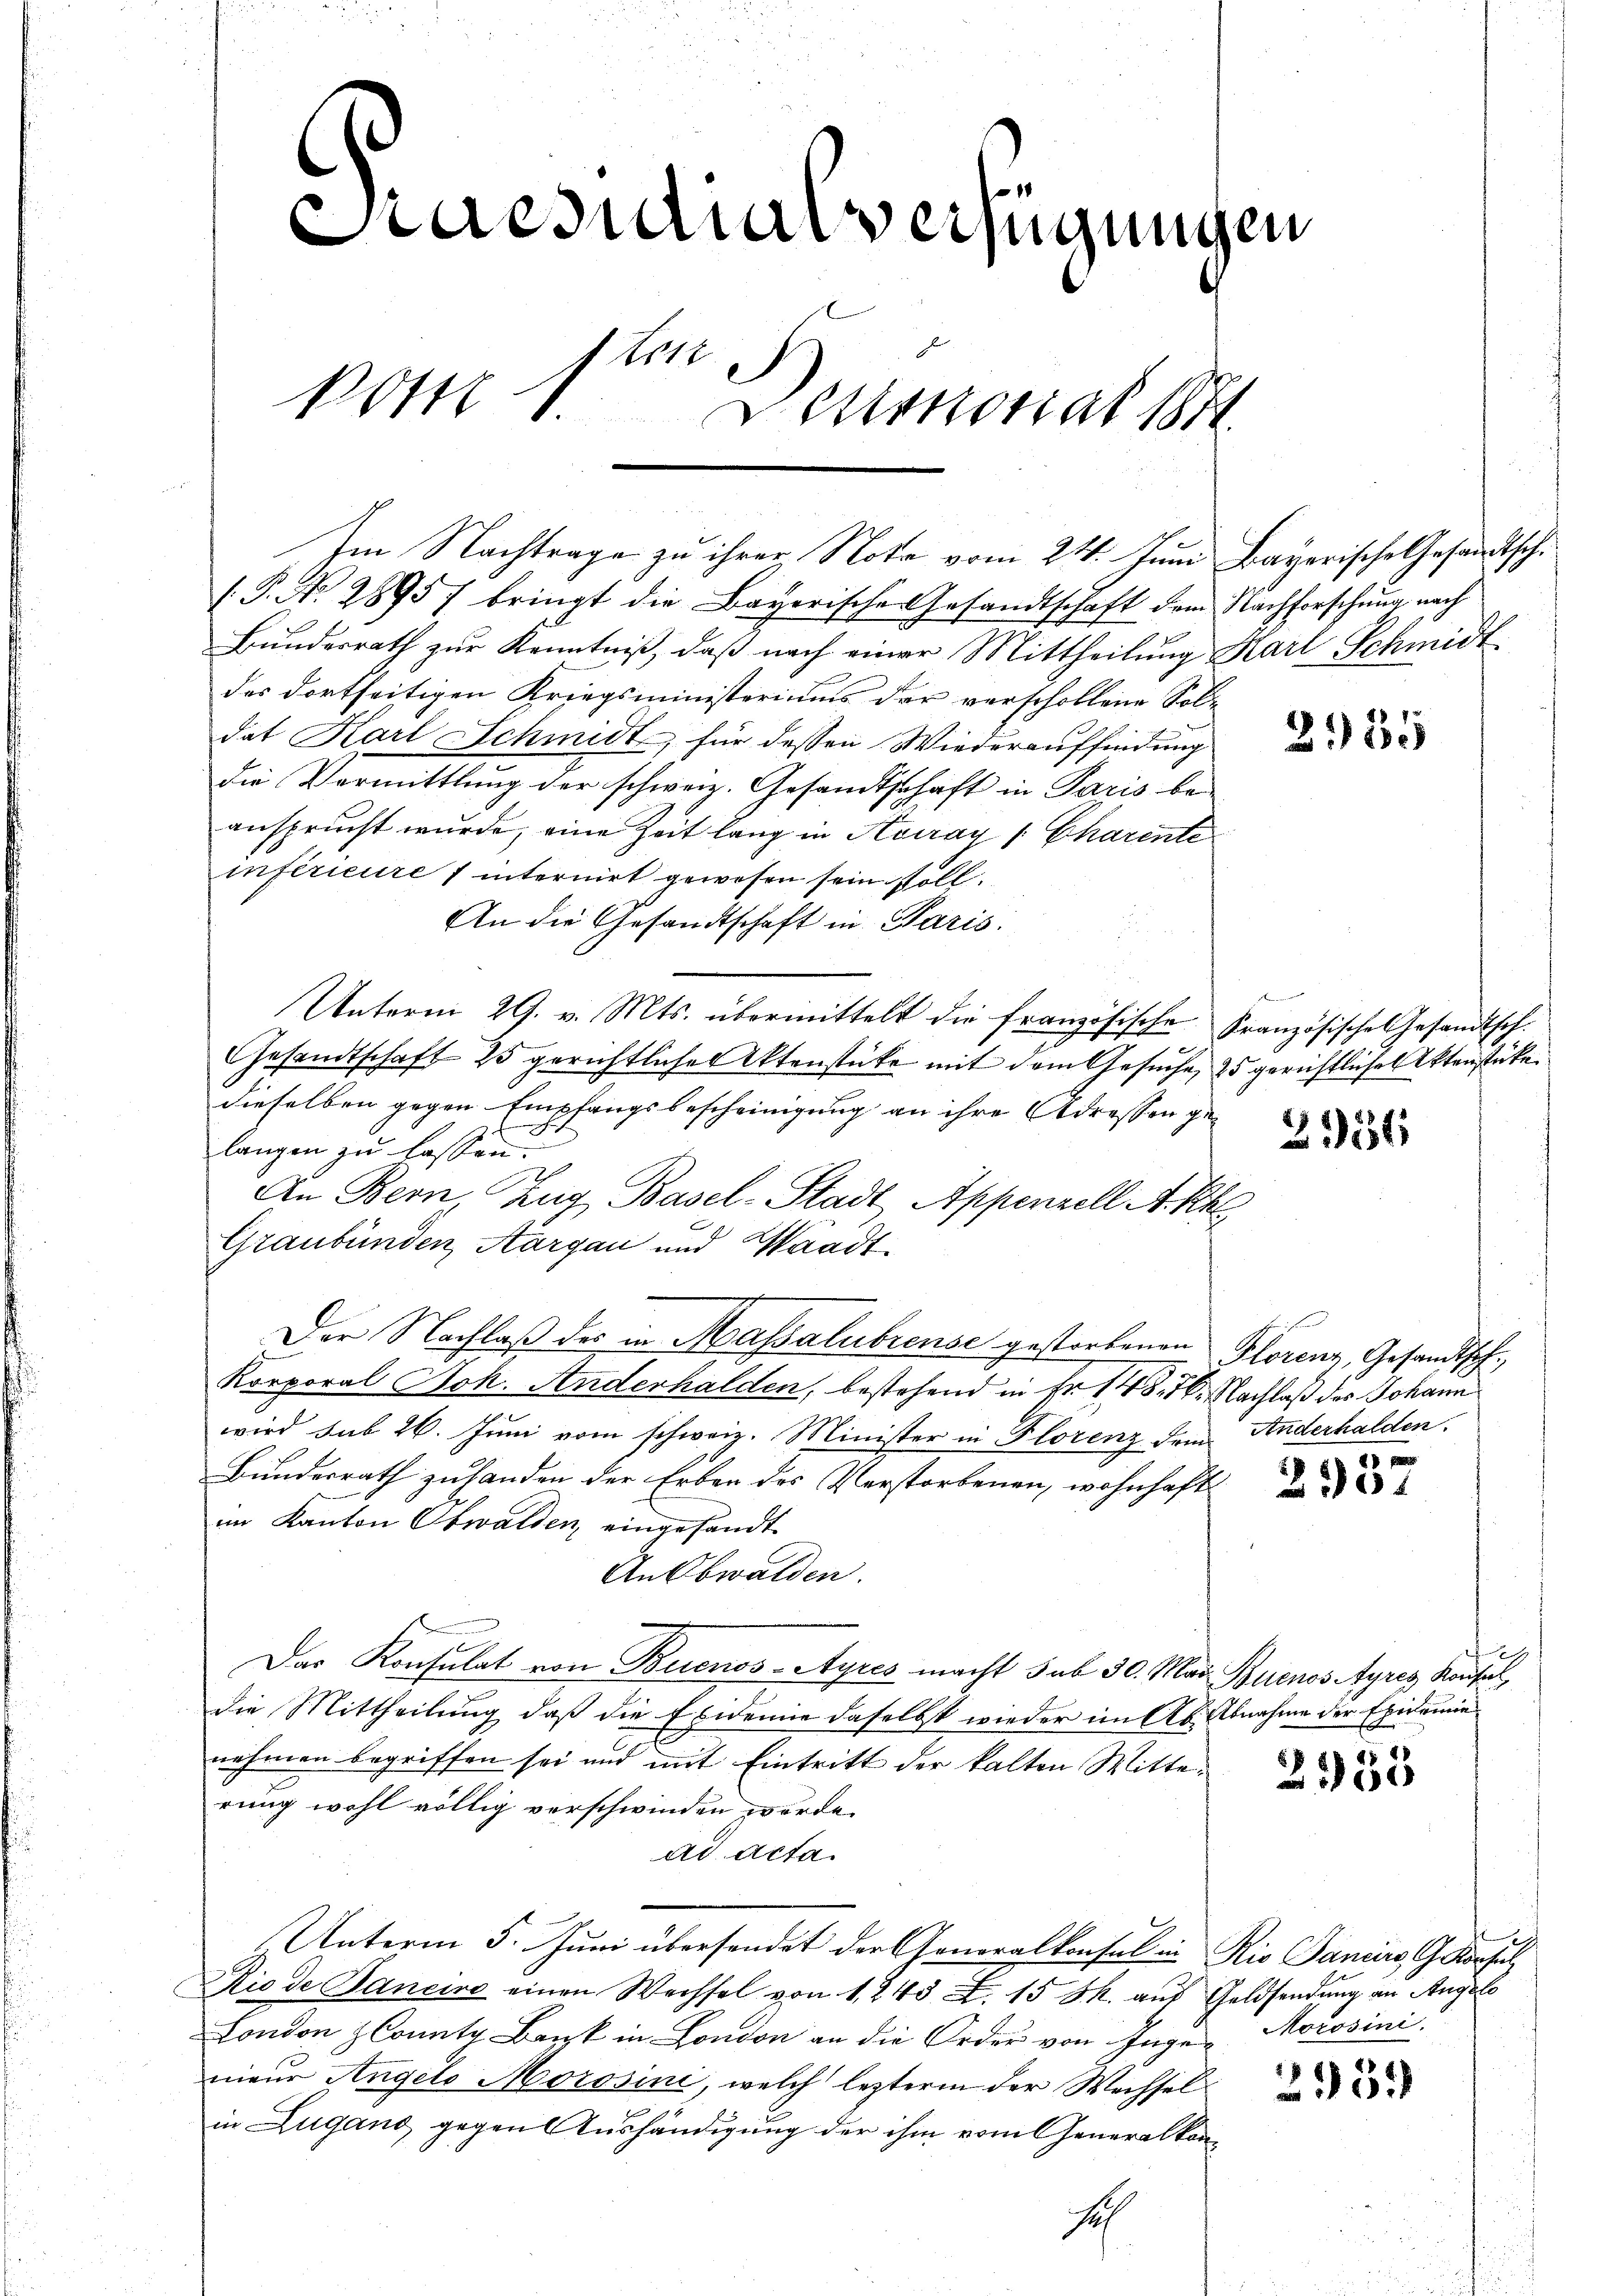
Praesutialverfügungen
1
Post 1
Detentiat 1874.

(.P. Nr. 28957 bringt die Bayerische Gesandtschaft dem Nachforschung nach
Bundesrath zur Kenntniß, daß nach einer Mittheilung Karl Schmidt
des dortseitigen Kriegsministeriums der verschollene Sol-
dat Karl SSchmidt, für dessen Wiederauffindung
Die Vermittlung der schweiz. Gesandtschaft in Paris be-
ansprucht wurde, eine Zeit lang in Aviray Charente
inférieure / internirt gewesen sein soll.
An die Gesandtschaft in Paris
Unterm 29. v. Mts. übermittelt die französische Französische Gesandtsch.
z
Gesandtschaft 25 gerichtlicher Aktenstücke mit dem Gesuche, 25 gerichtliche Aktenstücken
dieselben gegen Empfangsbescheinigung an ihre Adressen ge¬
7
langen zu lassen.
An Bern, Zug Basel-Stadt Appenzell A. Rhe
Graubünden, Aargau und Waadt
Der Nachlaβ des in Massalubreuse gestorbenen Florenz, Gesandtsch
Korporal Joh. Anderhalden, bestehend in Fr. 148. 76. Nachlaß des Johann
wird sub 26. Juni vom schweiz. Minister in Florenz dem Anderhalden.
Bundesrath zuhanden der Erben des Verstorbenen, wohnhaft
im Kanton Obwalden, eingesandt.
AnObwalden.
Das Konsulat von Buenos-Ayres macht sub 30. May Buenos Ayres Kausal,
die Mittheilung daß die Exidemie daselbst wieder im Ab Abnahme der Epidemie
nehmen begriffen sei und mit Eintritt der kalten Witterung wohl völlig verschwinden werde.
ad acta.
Unterm 5. Juni übersendet der Generalkonsul in Rio Sancirs, G. Konsul
Rio de Janeiro einen Wechsel von 1, 243 X. 15 S. aus Geldsendung an Angelo
London konnte Bank in London an die Order von Inge Morosini.
nieur Angelo Morssini, welch lezterm der Wechselin Zugano gegen Aushändigung der ihm vom Generalkon¬

Im Nachtrage zu ihrer Nota vom 24. Juni Bayerische Gesandtschi¬

seh

2955

Beenden

3154

2937

2555

23352